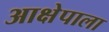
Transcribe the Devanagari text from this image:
आक्षेपाला